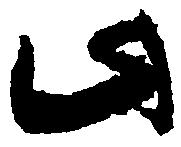
此